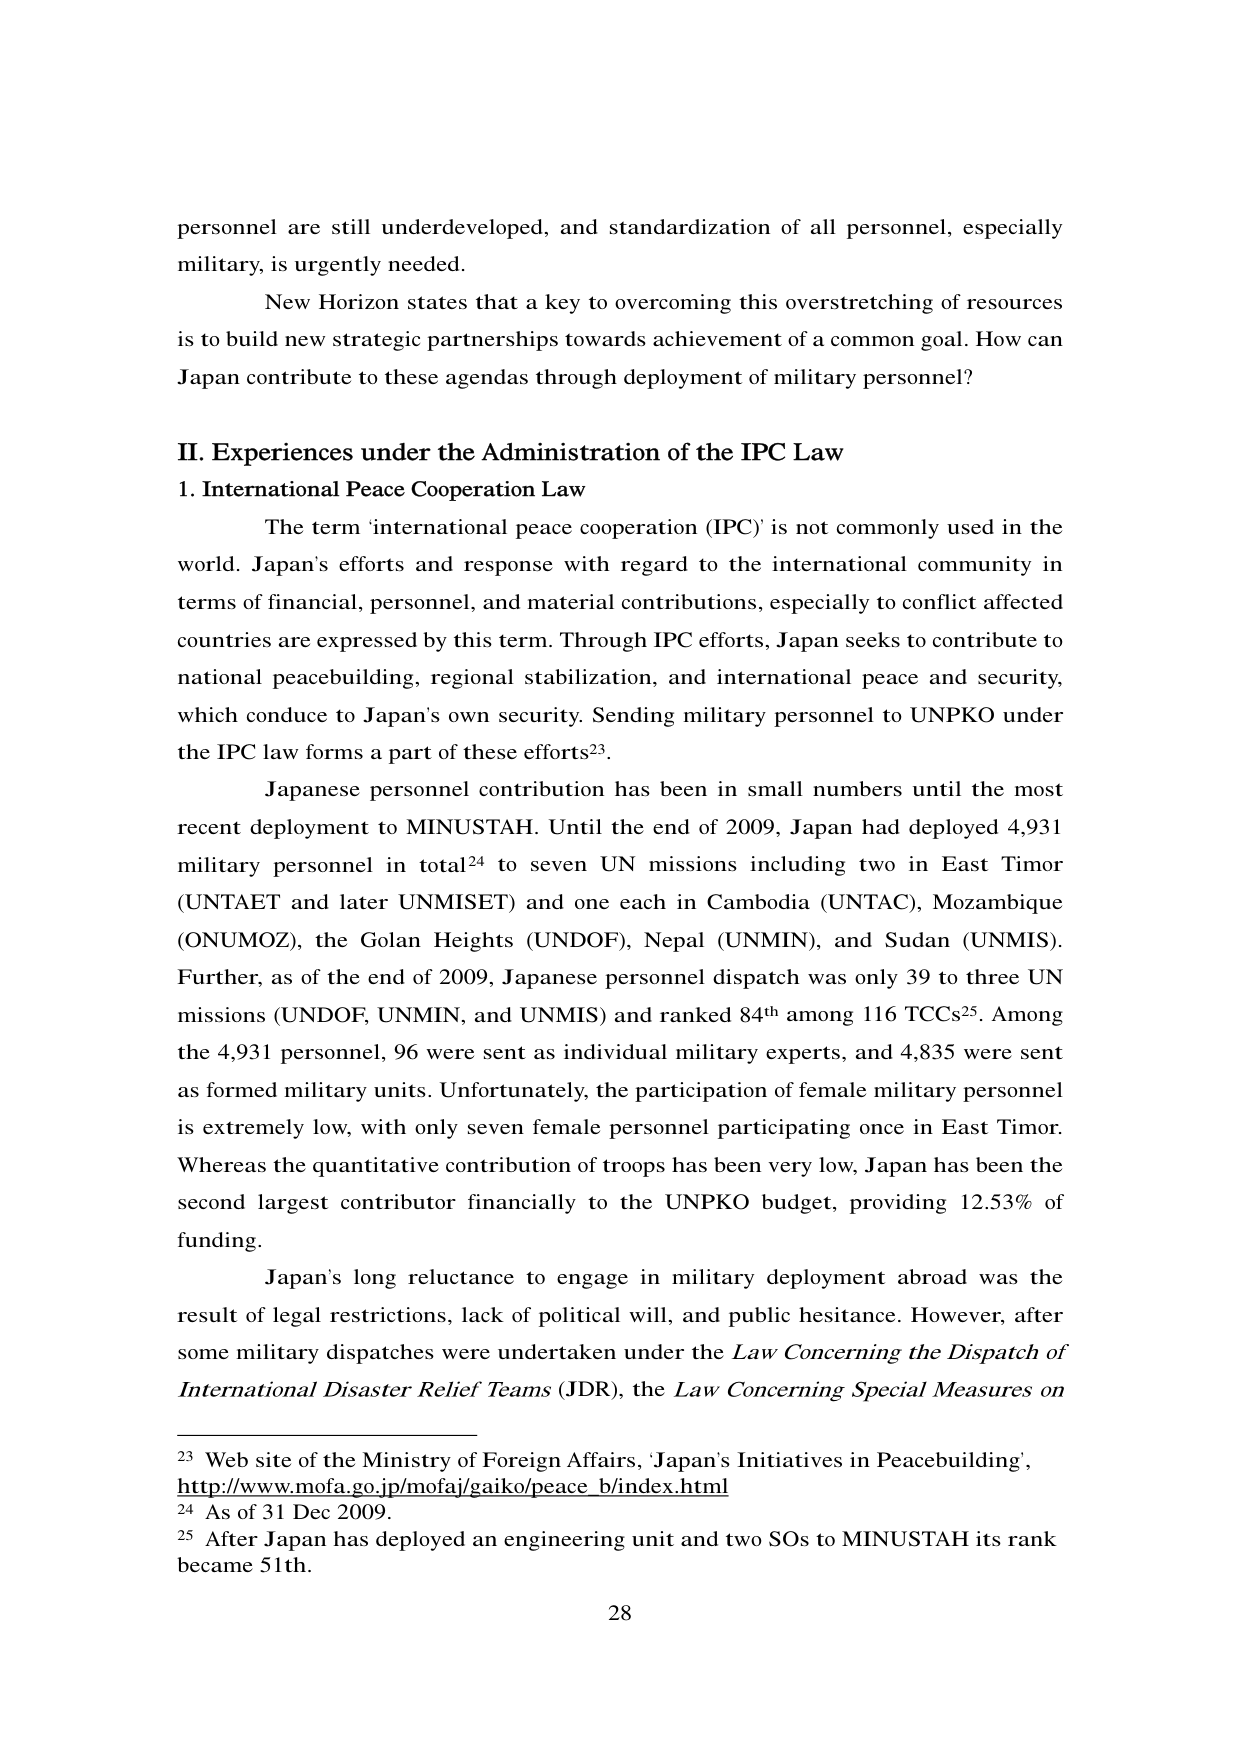
personnel are still underdeveloped, and standardization of all personnel, especially military, is urgently needed.

New Horizon states that a key to overcoming this overstretching of resources is to build new strategic partnerships towards achievement of a common goal. How can Japan contribute to these agendas through deployment of military personnel?

II. Experiences under the Administration of the IPC Law
1. International Peace Cooperation Law

The term ‘international peace cooperation (IPC)’ is not commonly used in the world. Japan’s efforts and response with regard to the international community in terms of financial, personnel, and material contributions, especially to conflict affected countries are expressed by this term. Through IPC efforts, Japan seeks to contribute to national peacebuilding, regional stabilization, and international peace and security, which conduce to Japan’s own security. Sending military personnel to UNPKO under the IPC law forms a part of these efforts²³.

Japanese personnel contribution has been in small numbers until the most recent deployment to MINUSTAH. Until the end of 2009, Japan had deployed 4,931 military personnel in total²⁴ to seven UN missions including two in East Timor (UNTAET and later UNMISSET) and one each in Cambodia (UNTAC), Mozambique (ONUMOZ), the Golan Heights (UNDOF), Nepal (UNMIN), and Sudan (UNMIS). Further, as of the end of 2009, Japanese personnel dispatch was only 39 to three UN missions (UNDOF, UNMIN, and UNMIS) and ranked 84th among 116 TCCs²⁵. Among the 4,931 personnel, 96 were sent as individual military experts, and 4,835 were sent as formed military units. Unfortunately, the participation of female military personnel is extremely low, with only seven female personnel participating once in East Timor. Whereas the quantitative contribution of troops has been very low, Japan has been the second largest contributor financially to the UNPKO budget, providing 12.53% of funding.

Japan’s long reluctance to engage in military deployment abroad was the result of legal restrictions, lack of political will, and public hesitance. However, after some military dispatches were undertaken under the Law Concerning the Dispatch of International Disaster Relief Teams (JDR), the Law Concerning Special Measures on

²³ Web site of the Ministry of Foreign Affairs, ‘Japan’s Initiatives in Peacebuilding’, http://www.mofa.go.jp/mofaj/gaiko/peace_b/index.html
²⁴ As of 31 Dec 2009.
²⁵ After Japan has deployed an engineering unit and two SOs to MINUSTAH its rank became 51th.

28